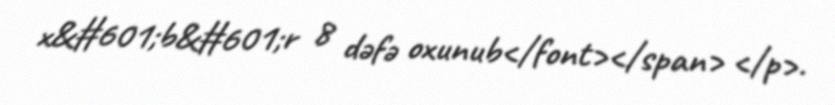
x&#601;b&#601;r 8 dəfə oxunub</font></span> </p>.